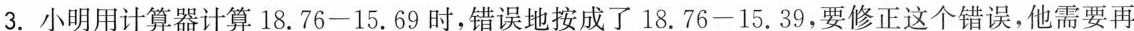
3.小明用计算器计算$$1 8 . 7 6 - 1 5 . 6 9$$时，错误地按成了$$1 8 . 7 6 - 1 5 . 3 9$$，要修正这个错误，他需要再